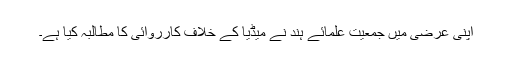
اپنی عرضی میں جمعیت علمائے ہند نے میڈیا کے خلاف کارروائی کا مطالبہ کیا ہے۔